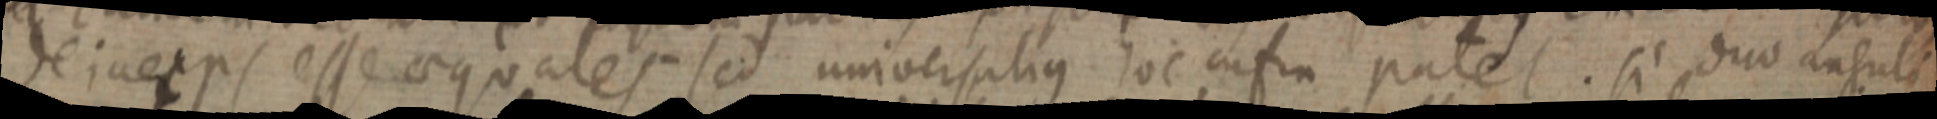
deineps esse aequales sed universalius hoc infin patet. si duo anguli